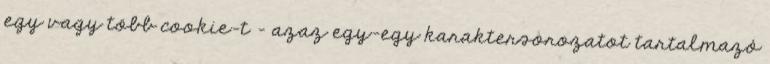
egy vagy több cookie-t – azaz egy-egy karaktersorozatot tartalmazó